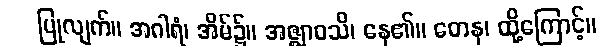
ပြုလျက်။ အဂါရံ၊ အိမ်၌။ အဇ္ဈာဝသိ၊ နေ၏။ တေန၊ ထို့ကြောင့်။